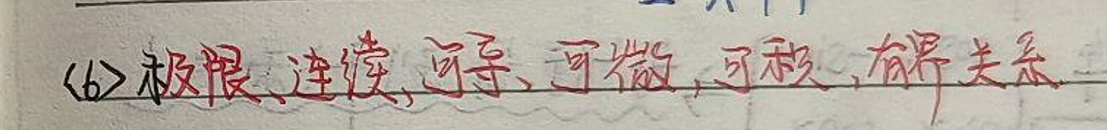
<6>极限、连续、可导、可微、可积、有界关系